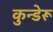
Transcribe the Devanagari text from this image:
कुन्डेरू